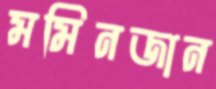
মমিনজান